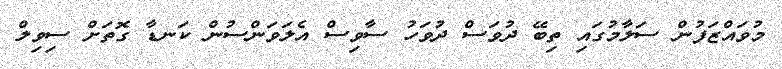
މުވައްޒަފުން ސަލާމުގައި ތިބޭ ދުވަސް ދުވަހު ސާވިސް އެލަވަންސުން ކަނޑާ ގޮތަށް ސިވިލް